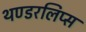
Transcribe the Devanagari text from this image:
थण्डरलिप्स